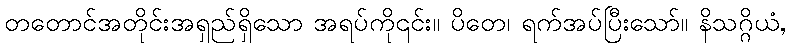
တတောင်အတိုင်းအရှည်ရှိသော အရပ်ကို၎င်း။ ပိတေ၊ ရက်အပ်ပြီးသော်။ နိသဂ္ဂိယံ,